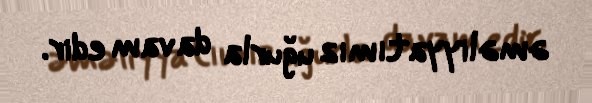
əməliyyatımız uğurla davam edir.